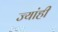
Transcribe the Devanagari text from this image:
ज्यांही